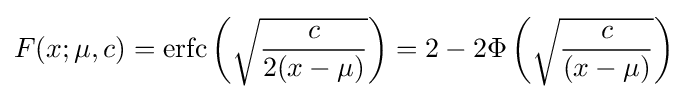
F(x;\mu ,c)=\operatorname {erfc} \left({\sqrt {\frac {c}{2(x-\mu )}}}\right)=2-2\Phi \left({\sqrt {\frac {c}{(x-\mu )}}}\right)